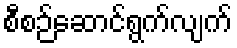
စီစဉ်ဆောင်ရွက်လျက်